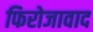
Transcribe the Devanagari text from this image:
फिरोजावाद